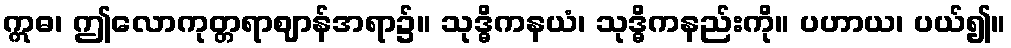
ဣဓ၊ ဤလောကုတ္တရာဈာန်အရာ၌။ သုဒ္ဓိကနယံ၊ သုဒ္ဓိကနည်းကို။ ပဟာယ၊ ပယ်၍။